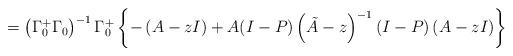
LaTeX: \begin{align*}=\left( \Gamma_{0}^{+}\Gamma_{0} \right)^{-1}\Gamma_{0}^{+}\left\{ -\left( A-zI \right)+A(I-P)\left( \tilde{A}-z \right)^{-1}(I-P)\left( A-zI \right) \right\}\end{align*}